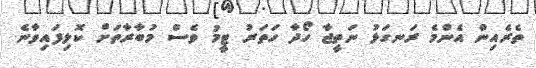
ތެރެއިން އެންމެ ރަނގަޅު ނަތީޖާ ހޯދާ ހަތަރު ޓީމު ވެސް މުބާރާތަށް ކޮލިފައިވާނެ